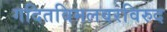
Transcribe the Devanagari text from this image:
गदितविमलवरविरुद